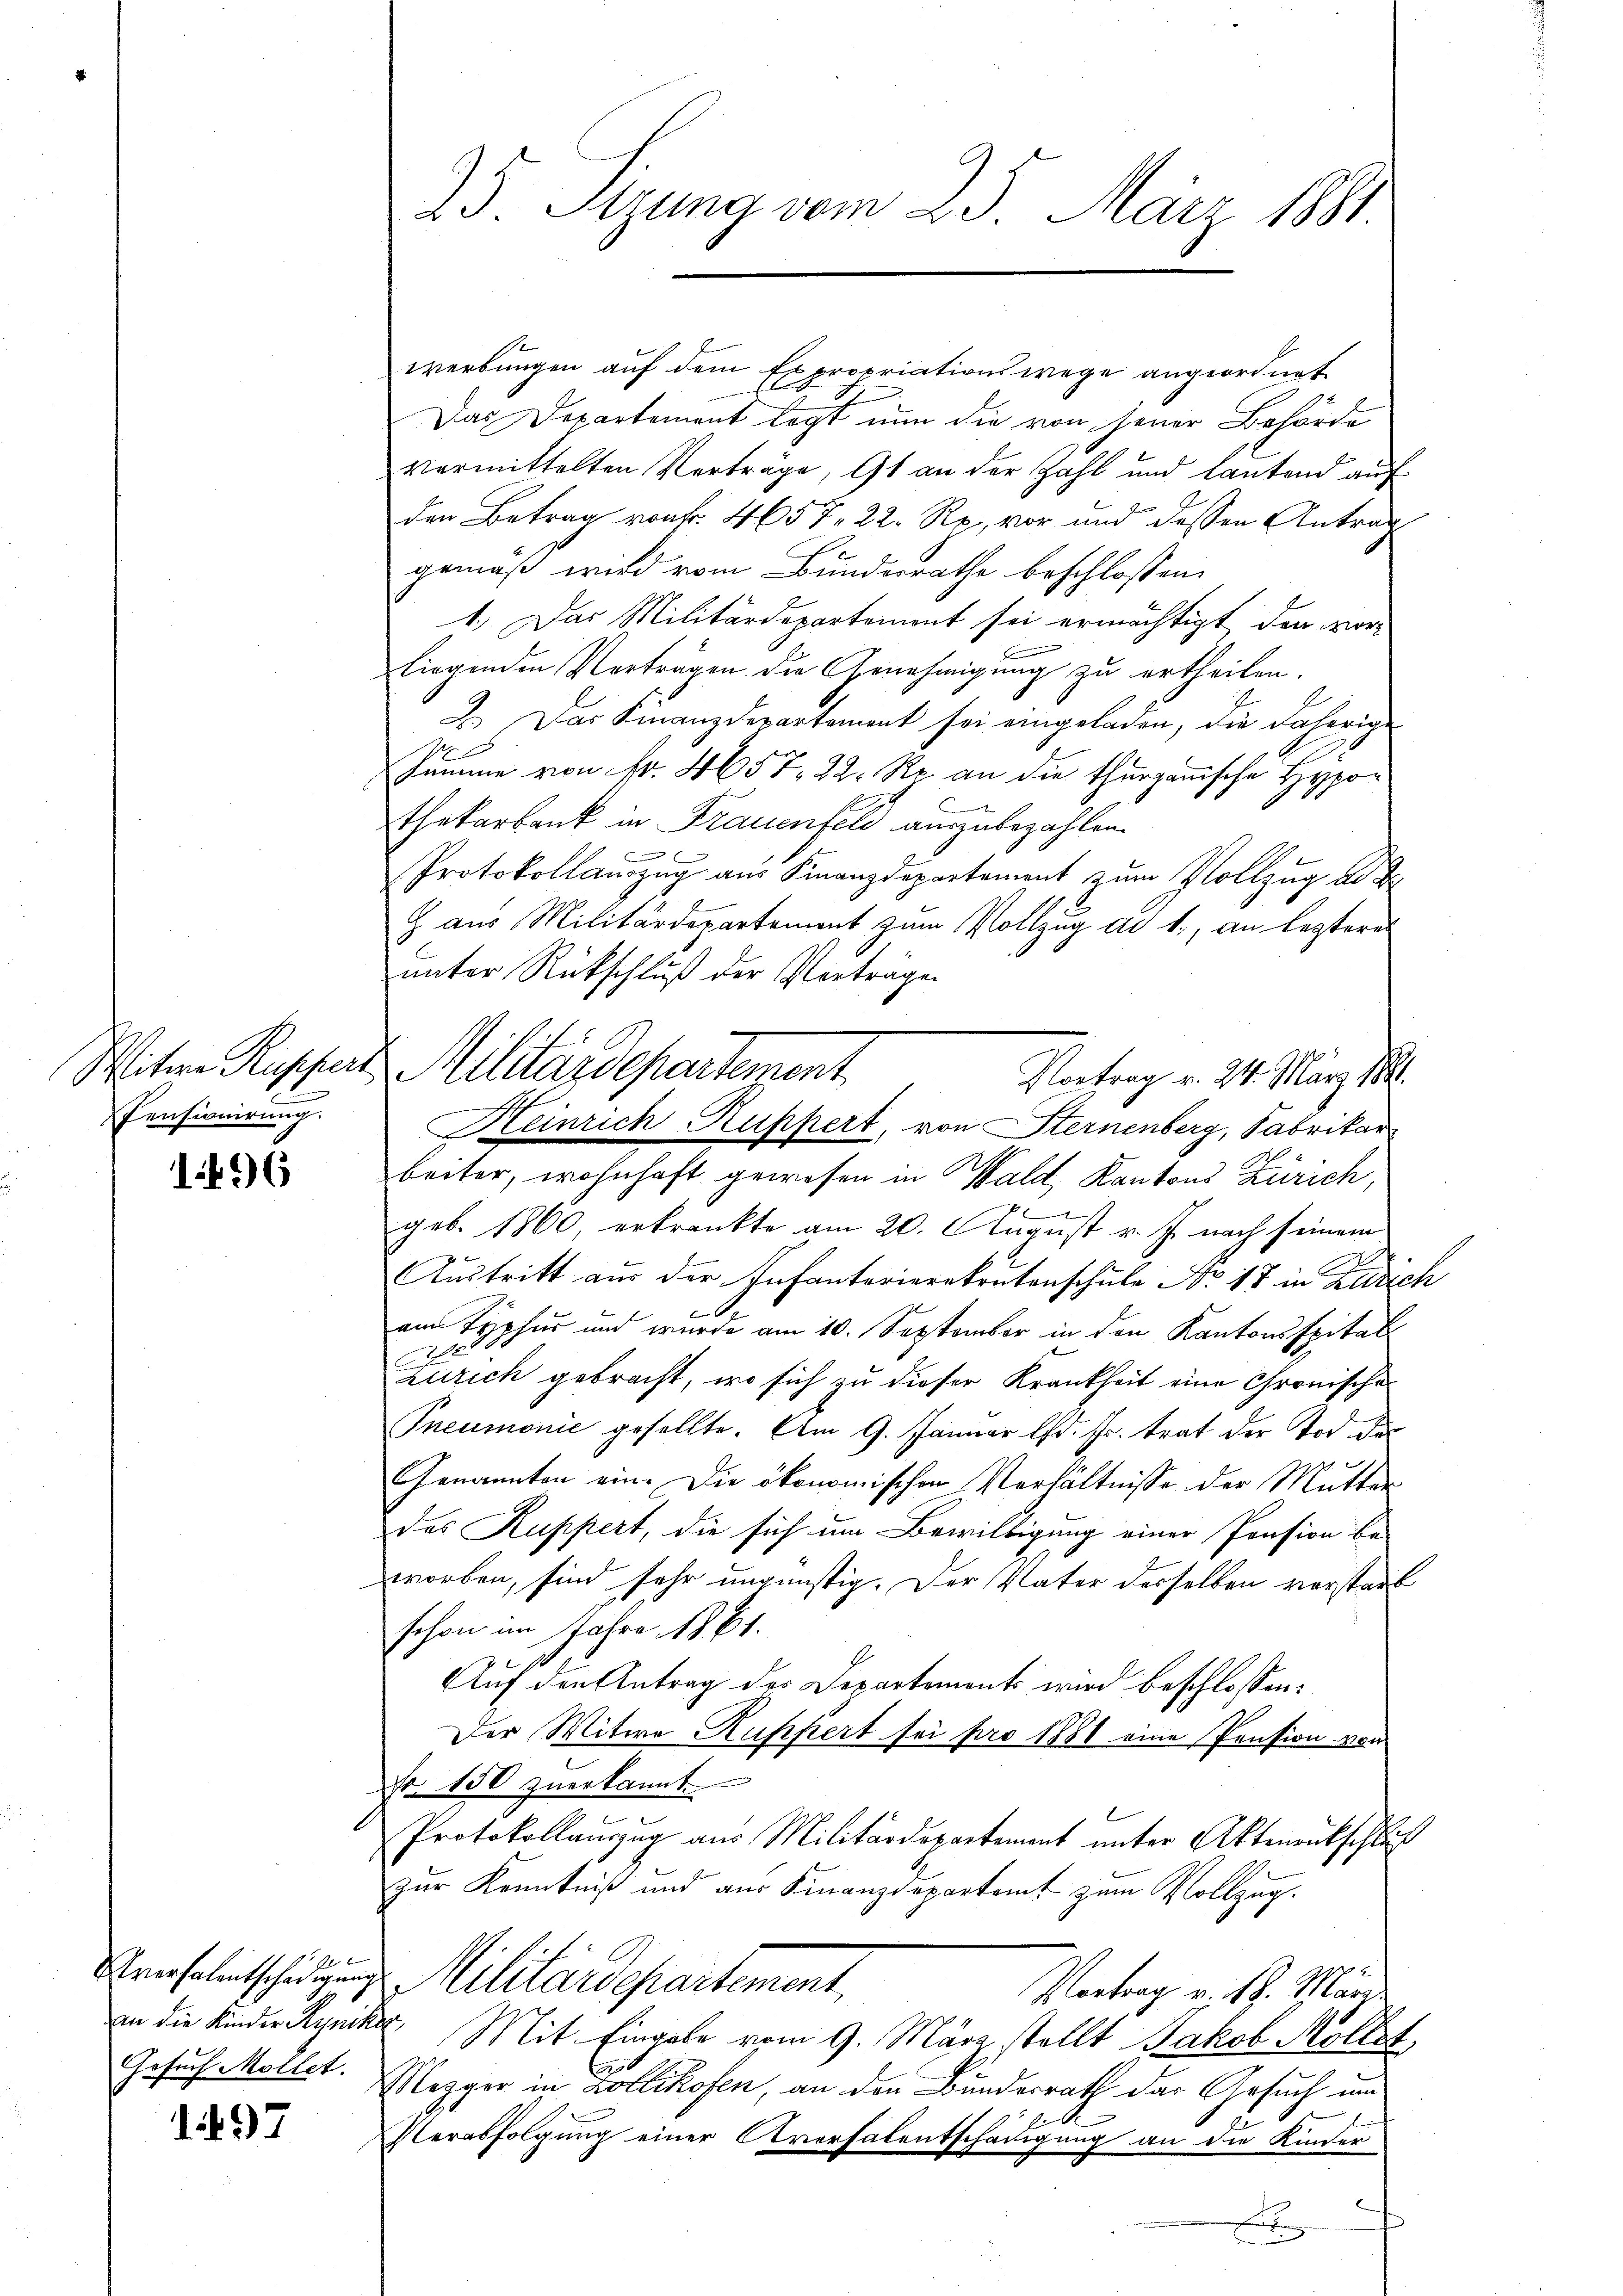
Pensionirung.

1496

Werbungen auf dem Expropriationswege angeordnet
Das Departement legt nun die von jener Behörde
vermittelten Verträge, 91 an der Zahl und lautend auf
den Betrag vork. 4657. 22 Rp., vor und dessen Antrag
gemäß wird vom Bundesrathe beschlossen:
1.) Das Militärdepartement sei ermächtigt, den vorliegenden Verträgen die Genehmigung zu ertheilen.
2
2. Das Finanzdepartement sei eingeladen, die daherige
A
samme von Nr. 4657. 22 Rp. an die thurgauische Hypothekarbank in Frauenfeld auszubezahlen.
.
Protokollauszug aus Finanzdepartement zum Vollzug ad d
 aus Militärdepartement zum Vollzug ad 1., an lezteres
unter Rückschluß der Vorträge
beiter, wohnhaft gewesen in Wald, Kantons Zürich,
e
geb. 1860, erkränkte am 20. August v. J. nach seinem
x
Austritt aus der Infanterierekrutenschule No 17 in Zürich
.
am Typhur und wurde am 10. September in den Kantonsspital
2
Zürich gebracht, wo sich zu dieser Krankheit eine Chronische
Pneumonie gesellte. Am 9. Januar lfd. Fr. trat der Tod der
Genannten ein. Die ökonomischen Verhältnisse der Mutter
des Kuppert, die sich um Bewilligung einer Pension be-
worben, sind sehr ungünstig. Der Vater desselben verstarb
schon im Jahre 1861.
Auf den Antrag der Departements wird beschlossen:
Der Witwe Rupfert sei pro 1881 eine Pension von
Fr. 150 zuerkannt.
Protokollanzzug aus Militärdepartement unter Aktenrückschluß
zur Kenntniß und aus Finanzdepartamt zum Vollzug.
Kriesalentschädigung. Militärdepartement,
Vortrag v. 19. März
Mit Eingabe vom 9. März stellt Jakob Möllet,
Mezger in Zollikofen, an den Bunderrath das Gesuch um
x
Verabfolgung einer Aversalentschädigung an die Kinder

an die Kinder Syniker,
Gesuch Möllet.

197

75. Sitzung vom 23. März 1881

Witere Russert Militärdepartement
Vortrag v. 24. März 1881.
Heinrich Ruppert, von Sternenberg, Fabrikar